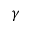
\gamma